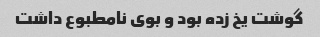
گوشت یخ زده بود و بوی نامطبوع داشت